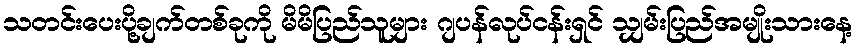
သတင်းပေးပို့ချက်တစ်ခုကို မိမိပြည်သူများ ဂျပန်လုပ်ငန်းရှင် သျှမ်းပြည်အမျိုးသားနေ့